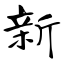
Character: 新